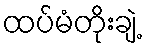
ထပ်မံတိုးချဲ့